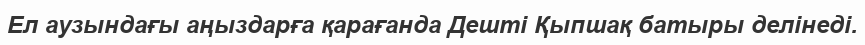
Ел аузындағы аңыздарға қарағанда Дешті Қыпшақ батыры делінеді.